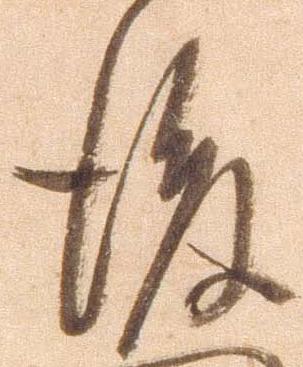
後